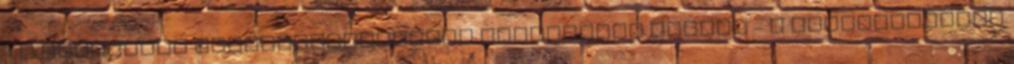
– a jelenlegi infrastrukturális adottságok között – a vasúttársaság